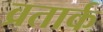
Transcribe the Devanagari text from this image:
व्रतार्क